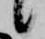
候